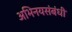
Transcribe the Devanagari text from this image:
अभिनयसंबंधी